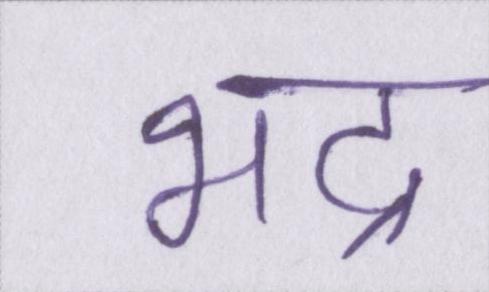
भद्र